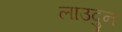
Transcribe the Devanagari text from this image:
लाउदुन